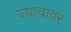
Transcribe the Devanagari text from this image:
ज्याचावर